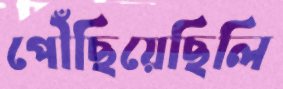
পৌঁছিয়েছিলি